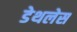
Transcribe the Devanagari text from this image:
डेथलेस